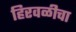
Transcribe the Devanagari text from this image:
हिरवळीचा